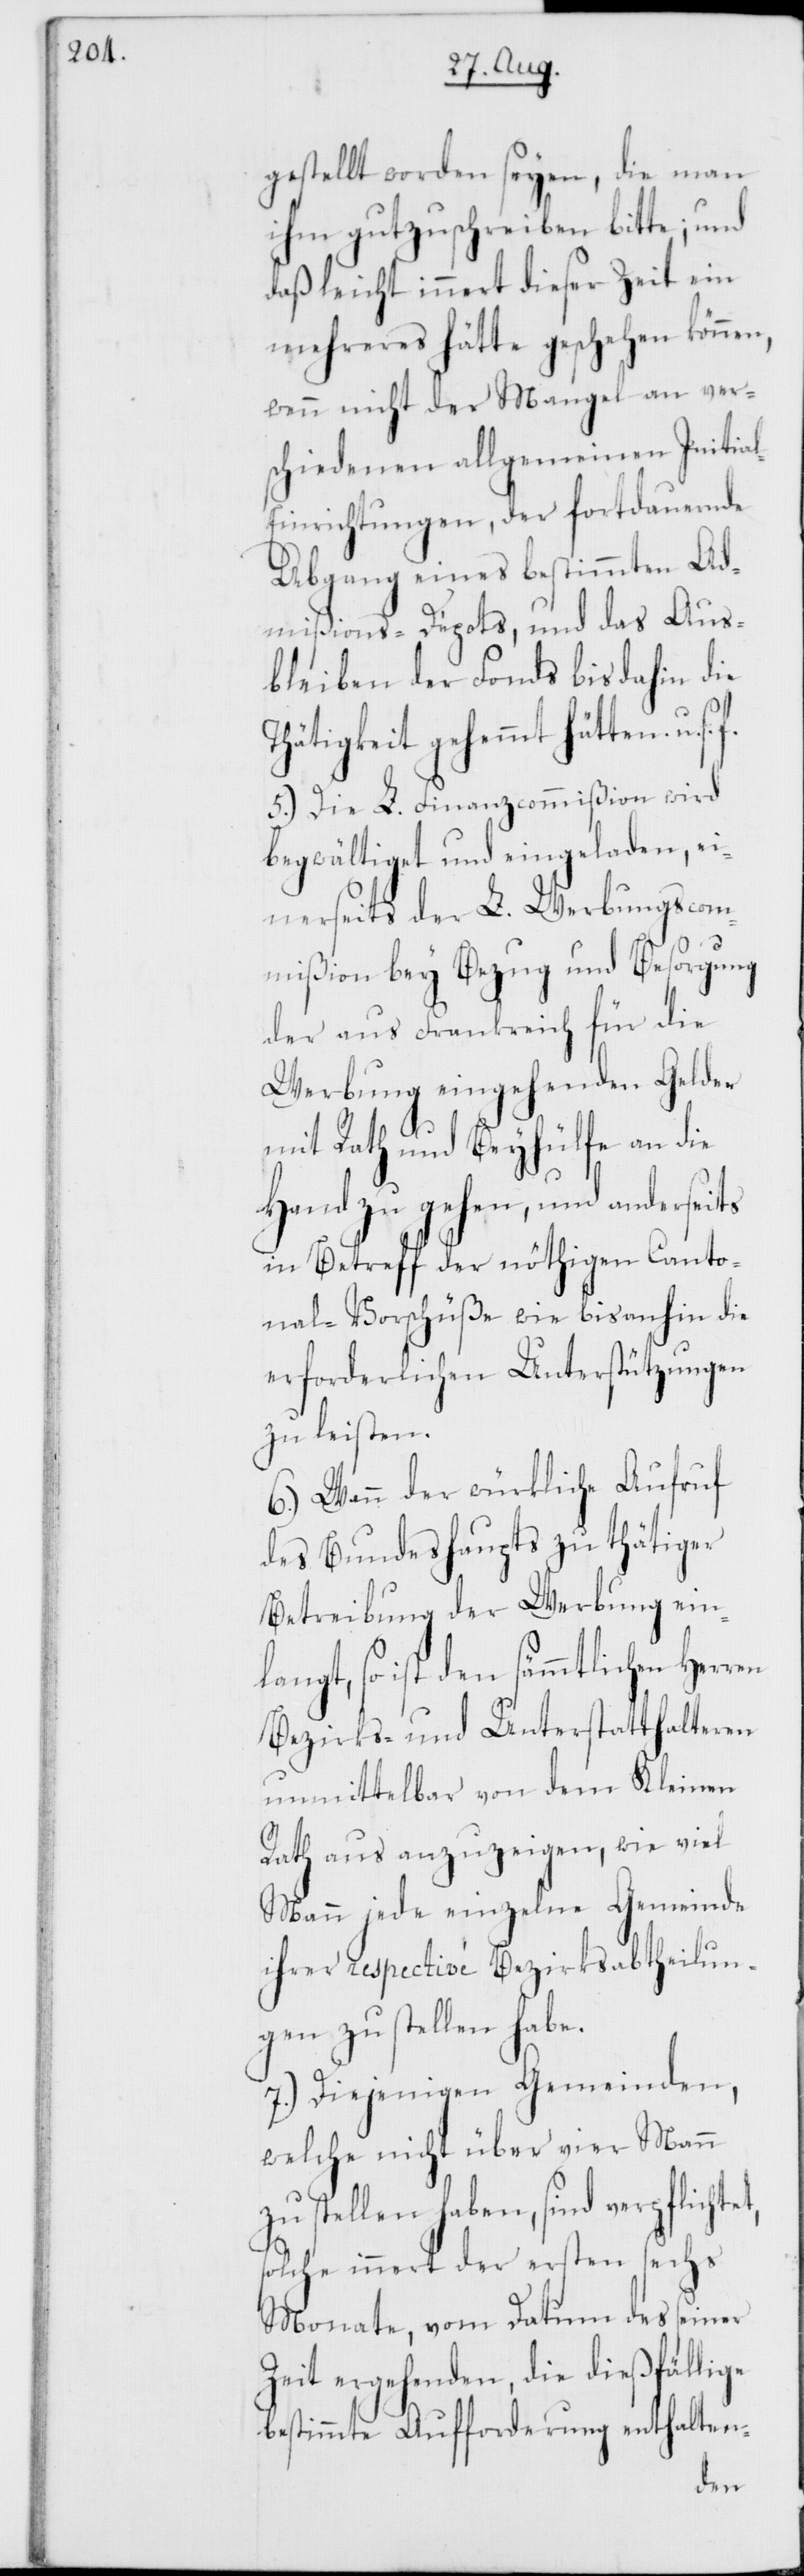
gestellt worden seyen, die man
ihm gutzuschreiben bitte; und
daß leicht innert dieser Zeit ein
mehreres hätte geschehen können,
wenn nicht der Mangel an ver¬
schiedenen allgemeinen Initia¬
l-Einrichtungen, der fortdauernde
Abgang eines bestimmten Ad¬
mißions-Depots, und das Aus¬
bleiben der Fonds bis dahin die
Thätigkeit gehemmt hätten u. s.
5.) Die L. Finanzcommißion wird
begwältiget und eingeladen, ei¬
nerseits der L. Werbungscom¬
mißion bey Bezug und Besorgung
der aus Frankreich für die
Werbung eingehenden Gelder
mit Rath und Beyhülfe an die
Hand zu gehen, und anderseits
in Betreff der nöthigen Canto¬
nal-Vorschüße wie bis anhin die
erforderlichen Unterstützungen
zu leisten.
6.) Wenn der würkliche Aufruf
des Bundeshaupts zu thätiger
Betreibung der Werbung ein¬
langt, so ist den sämmtlichen
Bezirks- und Unterstatthalteren
unmittelbar von dem Kleinen
Rath aus anzuzeigen, wie viel
Mann jede einzelne Gemeinde
ihrer respectivé Bezirksabtheilun¬
zu stellen haben,
7.) Diejenigen Gemeinden,
welche nicht über vier Mann
solche innert der ersten sechs
Monate, vom Datum des seiner
Zeit ergehenden, die dießfällige
bestimmte Aufforderung enthalten-